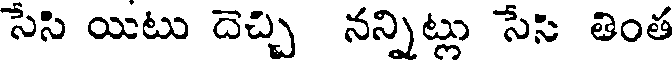
సేసి యిటు దెచ్చి నన్నిట్లు సేసి తింత